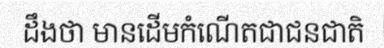
ដឹងថា មានដើមកំណើតជាជនជាតិ